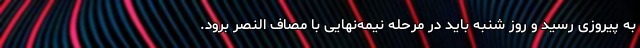
به پیروزی رسید و روز شنبه باید در مرحله نیمه‌نهایی با مصاف النصر برود.